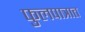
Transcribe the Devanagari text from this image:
फुलपात्रात